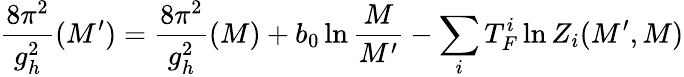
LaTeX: \frac{8\pi^{2}}{g_{h}^{2}}(M^{\prime})=\frac{8\pi^{2}}{g_{h}^{2}}(M)+b_{0}\ln\frac{M}{M^{\prime}}-\sum_{i}T_{F}^{i}\ln Z_{i}(M^{\prime},M)